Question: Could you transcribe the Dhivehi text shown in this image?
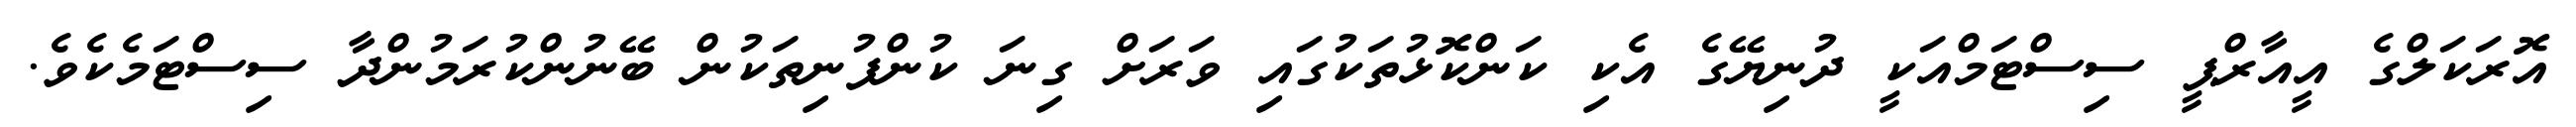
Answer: އޮރަކަލްގެ އީއާރްޕީ ސިސްޓަމްއަކީ ދުނިޔޭގެ އެކި ކަންކޮޅުތަކުގައި ވަރަށް ގިނަ ކުންފުނިތަކުން ބޭނުންކުރަމުންދާ ސިސްޓަމެކެވެ.